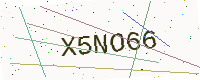
Text: X5NO66